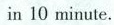
in 10 minute.